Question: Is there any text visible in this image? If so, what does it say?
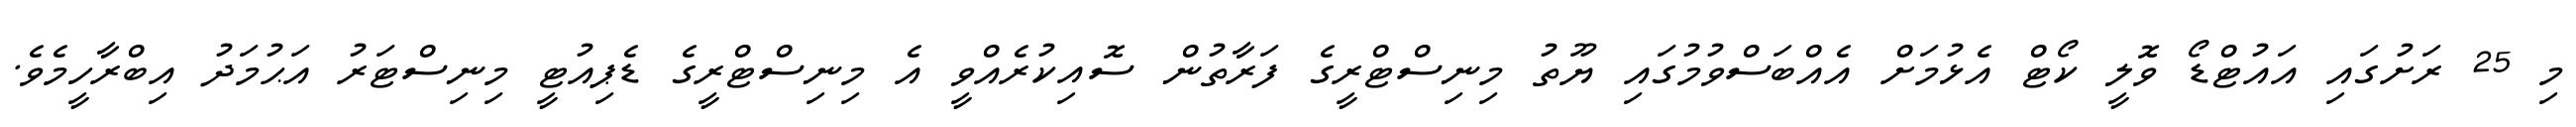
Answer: މި 25 ރަށުގައި އައުޓްޑޯ ވޮލީ ކޯޓް އެޅުމަށް އެއްބަސްވުމުގައި ޔޫތު މިނިސްޓްރީގެ ފަރާތުން ސޮއިކުރެއްވީ އެ މިނިސްޓްރީގެ ޑެޕިއުޓީ މިނިސްޓަރު އަޙުމަދު އިބްރާހީމެވެ.